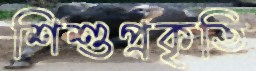
শিশুপ্রকৃতি